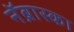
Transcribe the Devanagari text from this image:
नॅब्रास्का